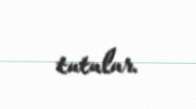
tutulur.